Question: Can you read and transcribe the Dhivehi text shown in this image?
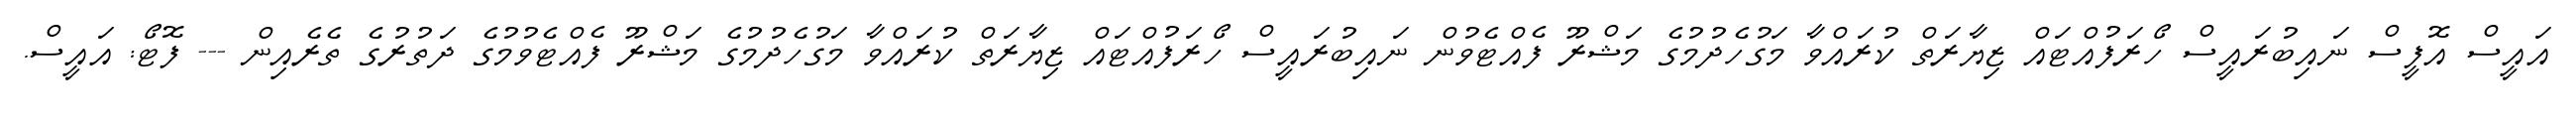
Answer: އައީސް އޮފީސް ނައިބުރައީސް ހޯރަފުއްޓައް ޒިޔާރަތް ކުރައްވާ މަގުހެދުމުގެ މަޝްރޫ ފެއްޓެވުން ނައިބުރައީސް ހޯރަފުއްޓައް ޒިޔާރަތް ކުރައްވާ މަގުހެދުމުގެ މަޝްރޫ ފެއްޓެވުމުގެ ދަތުރުގެ ތެރެއިން --- ފޮޓޯ: އައީސް.